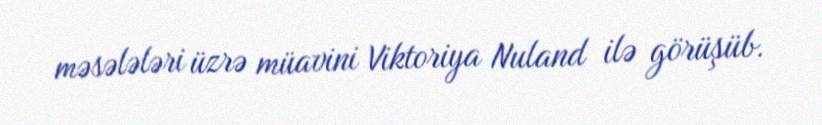
məsələləri üzrə müavini Viktoriya Nuland ilə görüşüb.